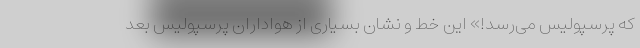
که پرسپولیس می‌رسد!» این خط و نشان بسیاری از هواداران پرسپولیس بعد